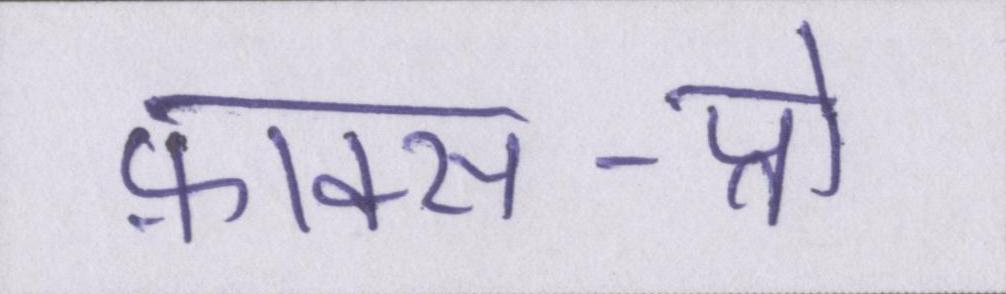
फ़ाक्स-प्रो